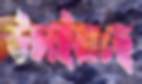
উচাইয়াছে